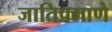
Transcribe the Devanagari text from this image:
जातिप्रमाणे